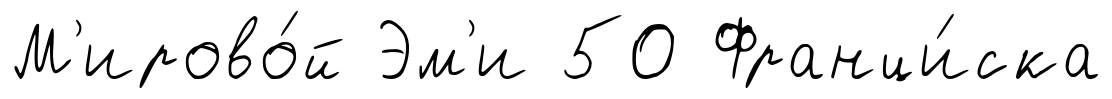
М'ирово́й Эм'и 50 Франци́ска